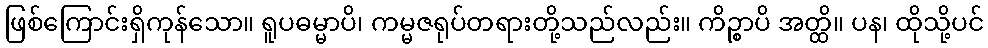
ဖြစ်ကြောင်းရှိကုန်သော။ ရူပဓမ္မာပိ၊ ကမ္မဇရုပ်တရားတို့သည်လည်း။ ကိဉ္စာပိ အတ္ထိ။ ပန၊ ထိုသို့ပင်